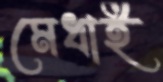
মেধাই